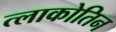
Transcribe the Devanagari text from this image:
त्लाकोतिन